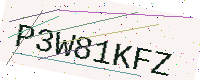
Text: P3W81KFZ